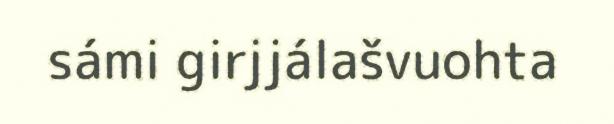
sámi girjjálašvuohta